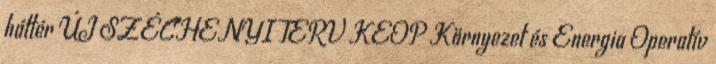
háttér ÚJ SZÉCHENYI TERV KEOP Környezet és Energia Operatív